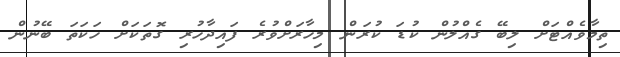
ތިމާވެއްޓަށް ލިބޭ ގެއްލުން ކުޑަ ކުރަން މިހާރަށްވުރެ ފައިދާހުރި ގޮތަކަށް ހަކަތަ ބޭނުން